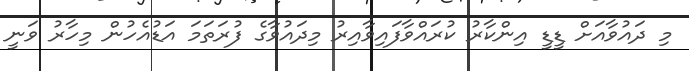
މި ދައުވާއަށް ޑީޑީ އިންކާރު ކުރައްވާފައިވާއިރު މިދައުވާގެ ފުރަތަމަ އަޑުއެހުން މިހާރު ވަނީ